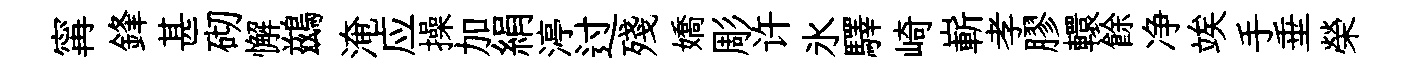
𡩋鋒甚砌懈鷀淹应操加絹渟过殘嬌彫许氷驛崎嶄孝膠轘餘净竢手垂榮